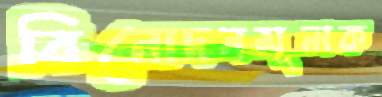
বিনোদনমূলক